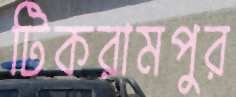
টিকরামপুর